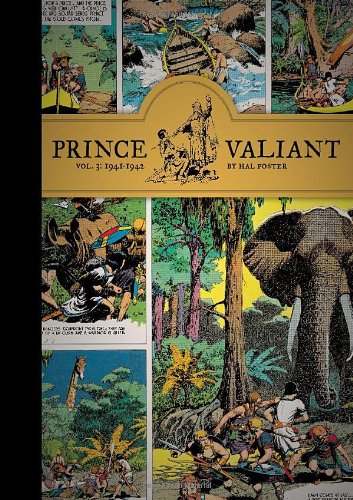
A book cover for Prince Valiant, Vol. 3: 1941-1942; Hal Foster; Comics & Graphic Novels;